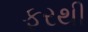
ફરથી